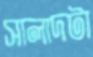
সালাদটা